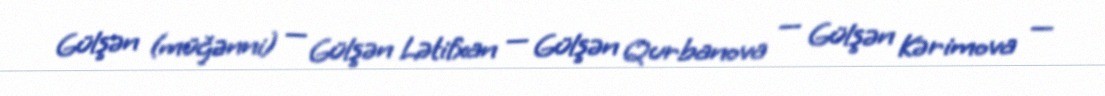
Gülşən (müğənni) — Gülşən Lətifxan — Gülşən Qurbanova — Gülşən Kərimova —